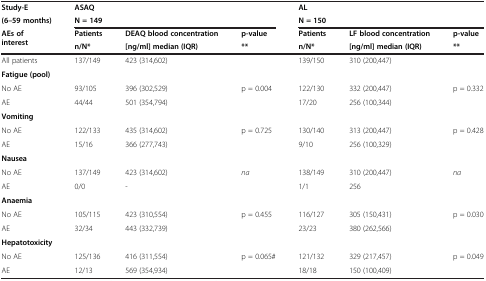
| Study-E | <COLSPAN=3> ASAQ | <COLSPAN=3> AL |
 | (6–59 months) | <COLSPAN=3> N = 149 | <COLSPAN=3> N = 150 |
 | <ROWSPAN=2> AEs of interest | Patients | DEAQ blood concentration | p-value | Patients | LF blood concentration | p-value |
 | n/N* | [ng/ml] median (IQR) | ** | n/N* | [ng/ml] median (IQR) | ** |
 | --- | --- | --- | --- | --- | --- | --- |
 | All patients | 137/149 | 423 (314,602) |  | 139/150 | 310 (200,447) |  |
 | <COLSPAN=7> Fatigue (pool) |
 | No AE | 93/105 | 396 (302,529) | p = 0.004 | 122/130 | 332 (200,447) | p = 0.332 |
 | AE | 44/44 | 501 (354,794) |  | 17/20 | 256 (100,344) |  |
 | <COLSPAN=7> Vomiting |
 | No AE | 122/133 | 435 (314,602) | p = 0.725 | 130/140 | 313 (200,447) | p = 0.428 |
 | AE | 15/16 | 366 (277,743) |  | 9/10 | 256 (100,329) |  |
 | <COLSPAN=7> Nausea |
 | No AE | 137/149 | 423 (314,602) | na | 138/149 | 310 (200,447) | na |
 | AE | 0/0 | - |  | 1/1 | 256 |  |
 | <COLSPAN=7> Anaemia |
 | No AE | 105/115 | 423 (310,554) | p = 0.455 | 116/127 | 305 (150,431) | p = 0.030 |
 | AE | 32/34 | 443 (332,739) |  | 23/23 | 380 (262,566) |  |
 | <COLSPAN=7> Hepatotoxicity |
 | No AE | 125/136 | 416 (311,554) | p = 0.065# | 121/132 | 329 (217,457) | p = 0.049 |
 | AE | 12/13 | 569 (354,934) |  | 18/18 | 150 (100,409) |  |